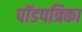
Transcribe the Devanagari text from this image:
पॉडपत्रिका